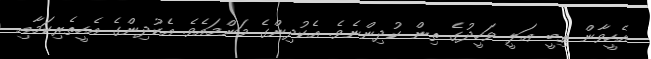
އެހީވާން ތިބީ ޢަލީ ވަހީދުގެ ތިން ކުދިންނެވެ. އެކުދިންގެ މަންމައެވެ. އެކުދިންގެ އެހީތެރިކަމާއި